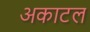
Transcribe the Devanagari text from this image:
अकाटल